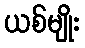
ယစ်မျိုး